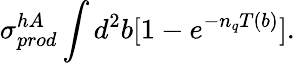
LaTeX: \sigma_{prod}^{hA}\int d^{2}b[1-e^{-n_{q}T(b)}].